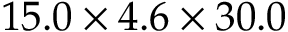
1 5 . 0 \times 4 . 6 \times 3 0 . 0